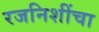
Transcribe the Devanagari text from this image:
रजनिशींचा